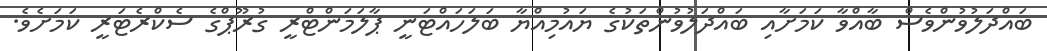
ބައްދަލުވުންވެސް ބާއްވާ ކަމަށާއި ބައްދަލުވުންތަކުގެ ޔައުމިއްޔާ ބަލަހައްޓަނީ ޕާލަމަންޓްރީ ގުރޫޕްގެ ސެކްރެޓަރީ ކަމަށެވެ.